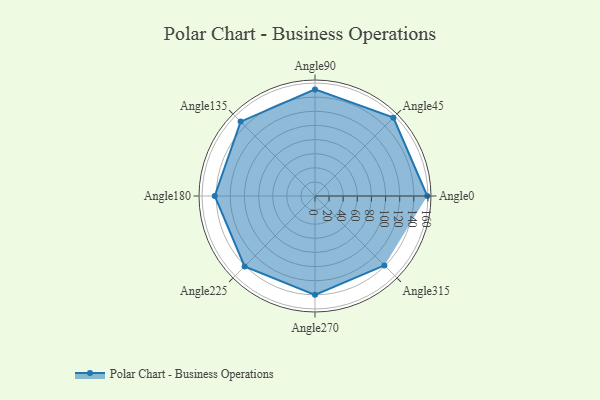
{"axis": {"x": "Angle", "y": "Radius"}, "legend": [""], "data": [{"x": "Angle0", "y": 159.0, "type": ""}, {"x": "Angle45", "y": 157.0, "type": ""}, {"x": "Angle90", "y": 151.0, "type": ""}, {"x": "Angle135", "y": 149.0, "type": ""}, {"x": "Angle180", "y": 142.0, "type": ""}, {"x": "Angle225", "y": 141.0, "type": ""}, {"x": "Angle270", "y": 140.0, "type": ""}, {"x": "Angle315", "y": 139.0, "type": ""}]}